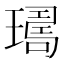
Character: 𤩈